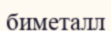
биметалл